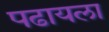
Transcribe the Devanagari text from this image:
पढायला